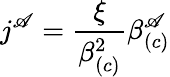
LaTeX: j^{\mathscr{A}}=\frac{{\xi}}{{\beta_{\left(c\right)}^{2}}}\beta_{\left(c\right)}^{\mathscr{A}}